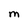
Character: M